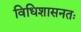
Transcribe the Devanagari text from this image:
विधिशासनतः